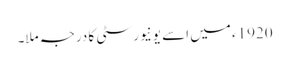
1920ء میں اسے یونیورسٹی کا درجہ ملا۔